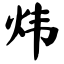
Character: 炜